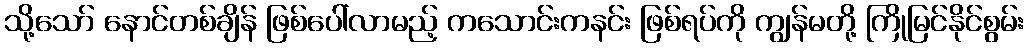
သို့သော် နောင်တစ်ချိန် ဖြစ်ပေါ်လာမည့် ကသောင်းကနင်း ဖြစ်ရပ်ကို ကျွန်မတို့ ကြိုမြင်နိုင်စွမ်း